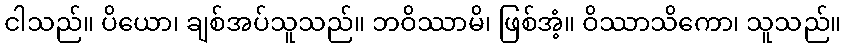
ငါသည်။ ပိယော၊ ချစ်အပ်သူသည်။ ဘဝိဿာမိ၊ ဖြစ်အံ့။ ဝိဿာသိကော၊ သူသည်။